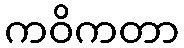
ကဝိကတာ